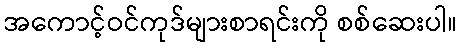
အကောင့်ဝင်ကုဒ်များစာရင်းကို စစ်ဆေးပါ။